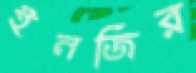
ইনজির